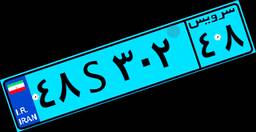
۳۶S۶۴۰۴۹